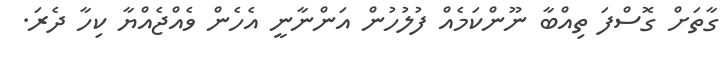
ގާތަށް ގޮސްފަ ތިއްބާ ނޫންކަމެއް ފުލުހުން އަންނާނީ އެހެން ވެއްޖެއްޔާ ކިހާ ދެރަ.